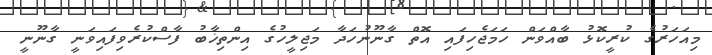
މިއަހަރުގެ ކުރީކޮޅު ބާއްވަން ހަމަޖެހިފައި އޮތް ގާނޫނުހަދާ މަޖިލީހުގެ އިންތިޚާބު ފާސްކުރެވިފައިވަނީ ގާނޫނީ